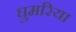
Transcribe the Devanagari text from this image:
घुमरिया